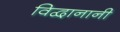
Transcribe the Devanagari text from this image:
विद्वानानी